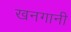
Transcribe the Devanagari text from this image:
खनगानी